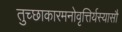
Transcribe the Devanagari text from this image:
तुच्छाकारमनोवृत्तिर्यस्यासौ